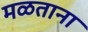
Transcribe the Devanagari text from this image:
मळताना